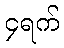
၄ရက်